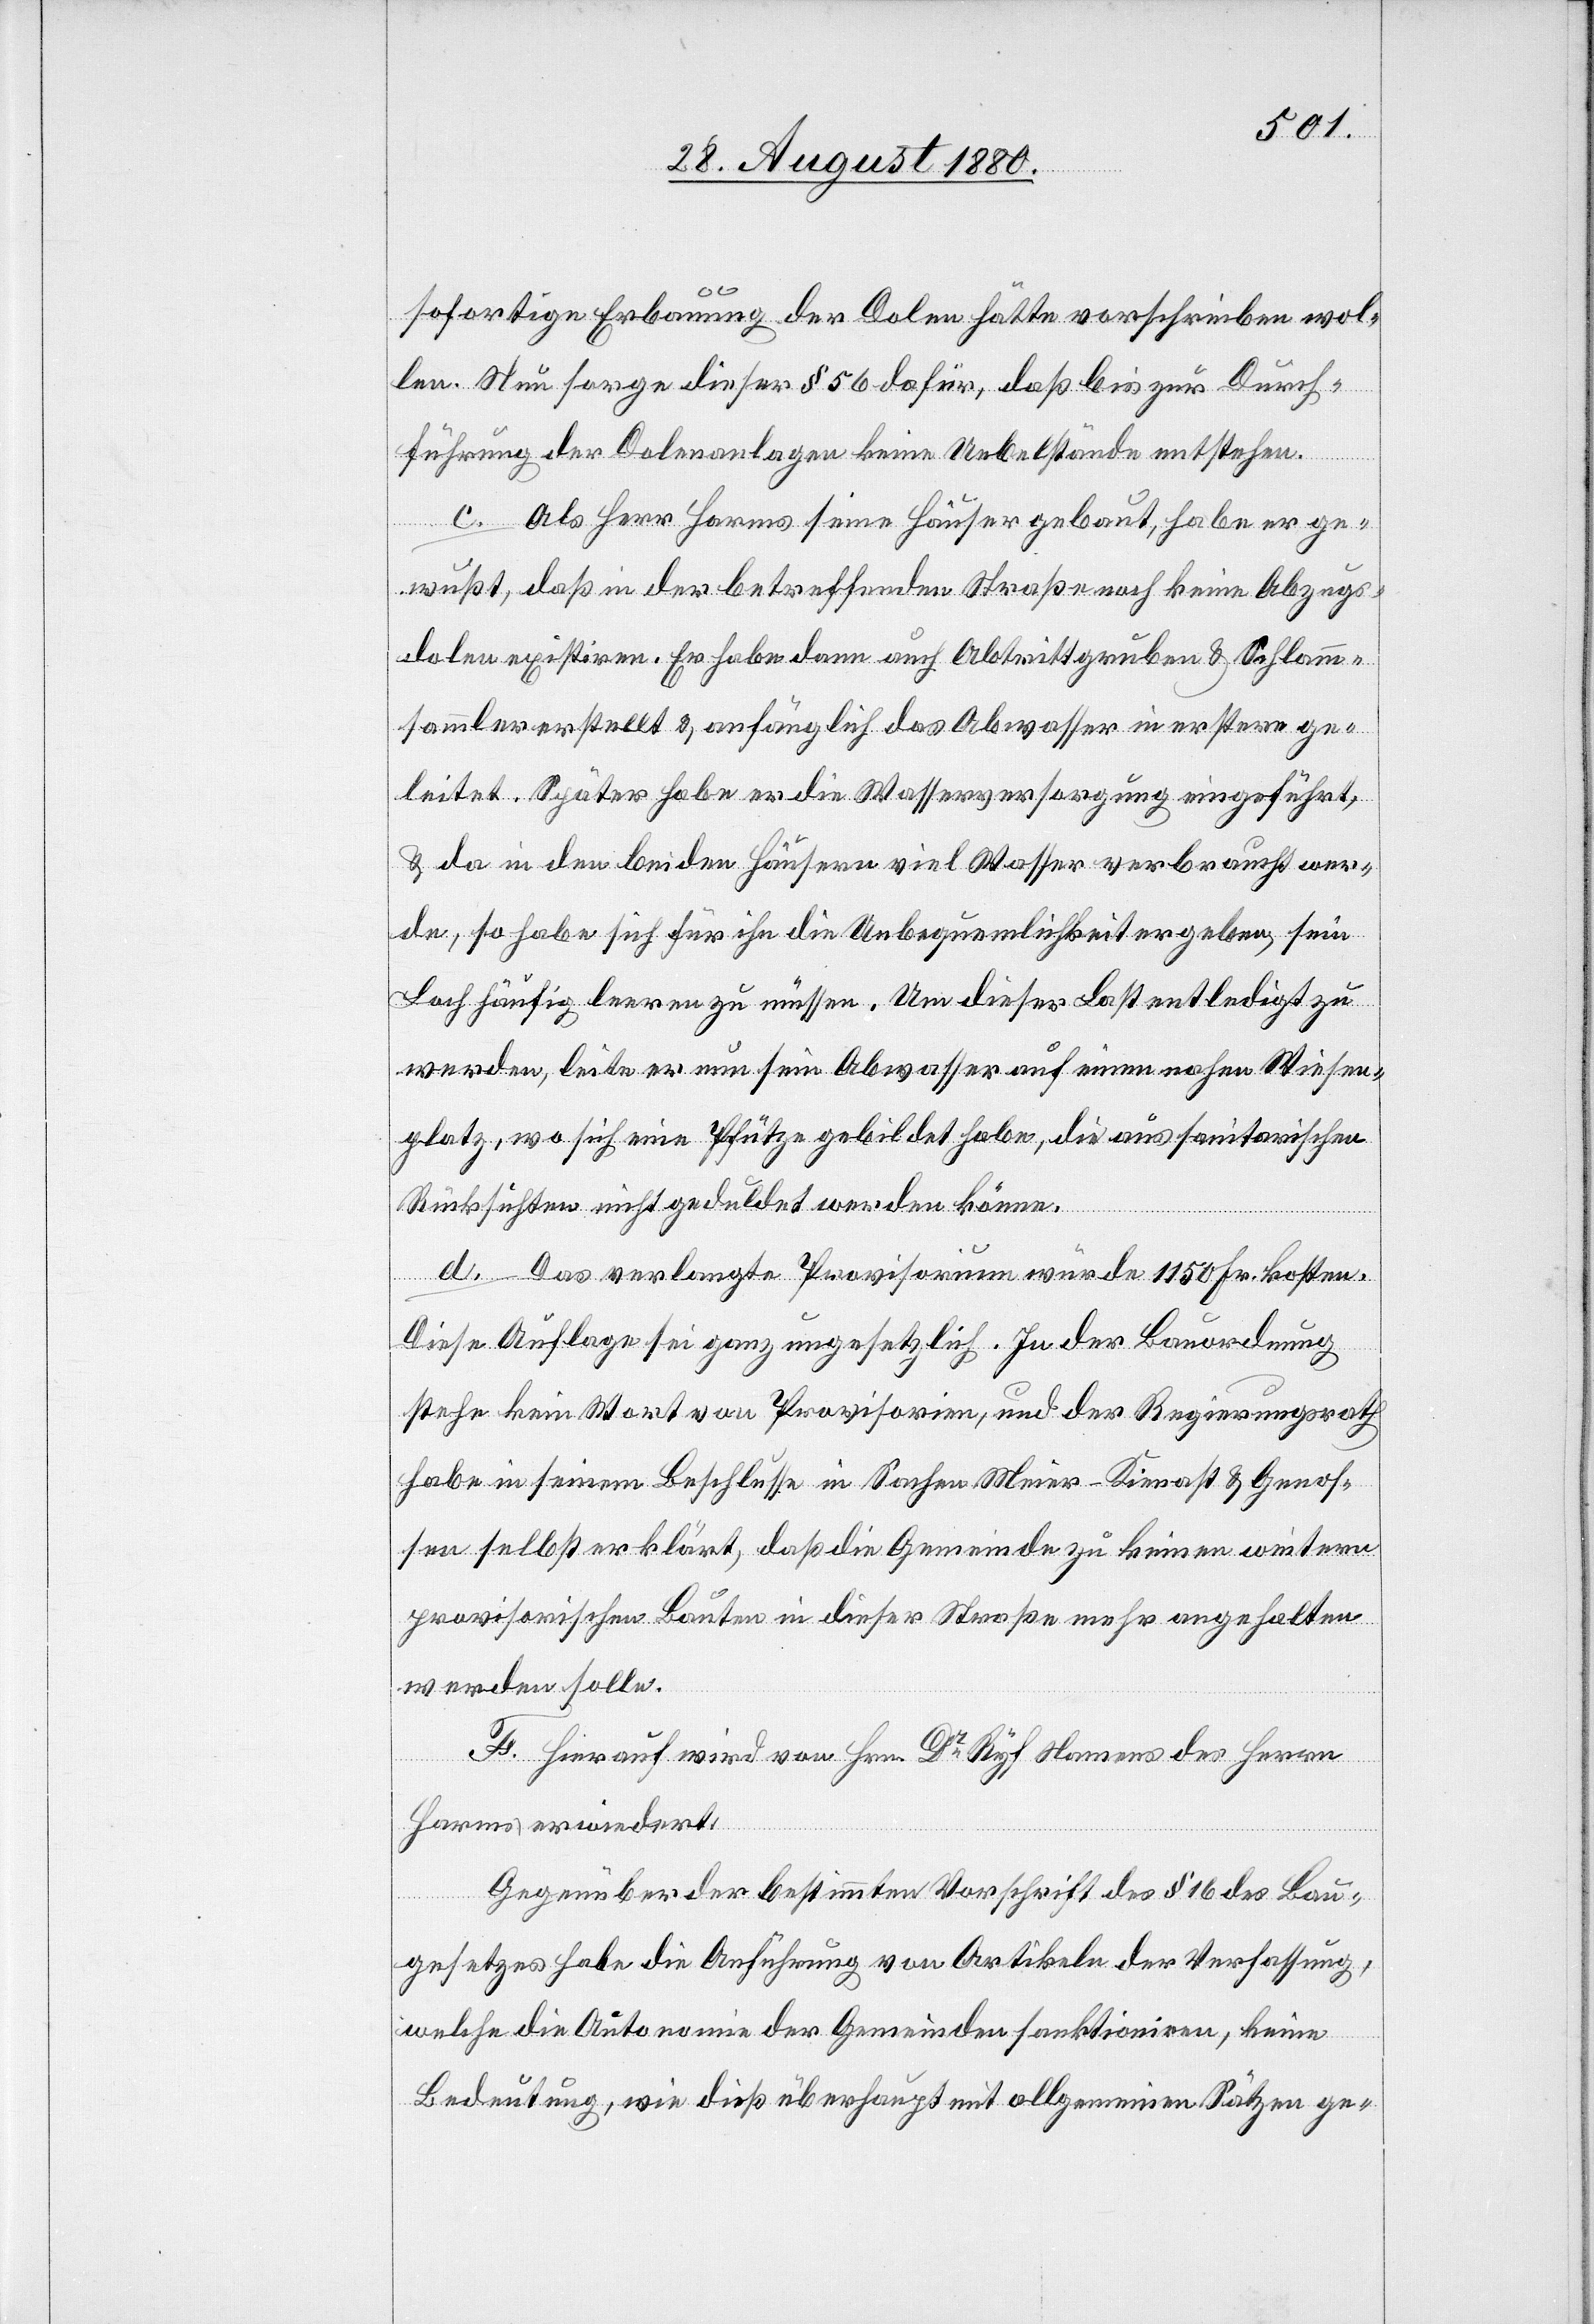
sofortige Erbauung der Dolen hätte vorschreiben wol¬
len. Neu sorge dieser § 56 dafür, daß bis zur Durch¬
führung der Dolenanlagen keine Uebelstände entstehen.
ren
c. Als Herr Harms seine Häuser gebaut, habe er ge¬
wußt, daß in der betreffenden Straße keine Abzugs¬
dolen exisitiren. Er habe dann auch Abrittgruben & Schlamm¬
sammler erstellt & anfänglich das Abwasser in erstere ge¬
leitet. Später habe er die Wasserversorgung eingeführt,
& da in den beiden Häusern viel Wasser verbraucht wer¬
de, so habe sich für ihn die Unbequemlichkeit ergeben, sein
Loch häufig leeren zu müssen. Um dieser Last entledigt zu
werden, leite er nun sein Abwasser auf einen nahen Wiesen¬
platz, wo sich eine Pfütze gebildet habe, die aus sanitarischen
Rücksichten nicht geduldet werden könne.
d. Das verlangte Provisorium würde 1150 Fr. kosten.
Diese Auflage sei ganz ungesetzlich. In der Bauordnung
stehe kein Wort von Provisorien, und der Regierungsrath
habe in seinem Beschlusse in Sachen Meier-Kienast & Genos¬
sen selbst erklärt, daß die Gemeinde zu keinen weiteren
provisorischen Bauten in dieser Straße mehr angehalten
werden solle.
F. Hierauf wird von Hrn. Dr Ryf Namens der der
Harms erwiedert:
Gegenüber der bestimmten Vorschrift des § 16 des Bau¬
gesetztes habe die Anführung von Artikeln der Verfassung,
welche die Autonomie der Gemeinden sanktioniren, keine
Bedeutung, wie dieß überhaupt mit allgemeinen Sätzen ge-